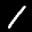
Label: 1